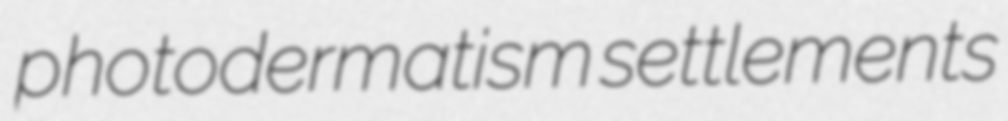
photodermatism settlements